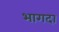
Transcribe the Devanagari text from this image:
भागदा